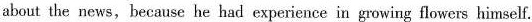
about the news,because he had experience in growing flowers himself.